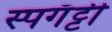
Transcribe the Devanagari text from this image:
स्पगॅट्टी